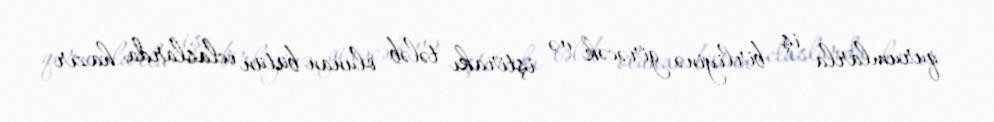
qurumlarla iş birliyinə girəcək və iştirakı tələb olunan bütün iclaslarda hazır